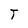
Character: T